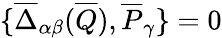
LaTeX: \{ \overline{{{\Delta}}}_{\alpha\beta}(\overline{{{Q}}}),\overline{{{P}}}_{\gamma}\} =0